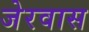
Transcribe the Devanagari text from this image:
जेरवास